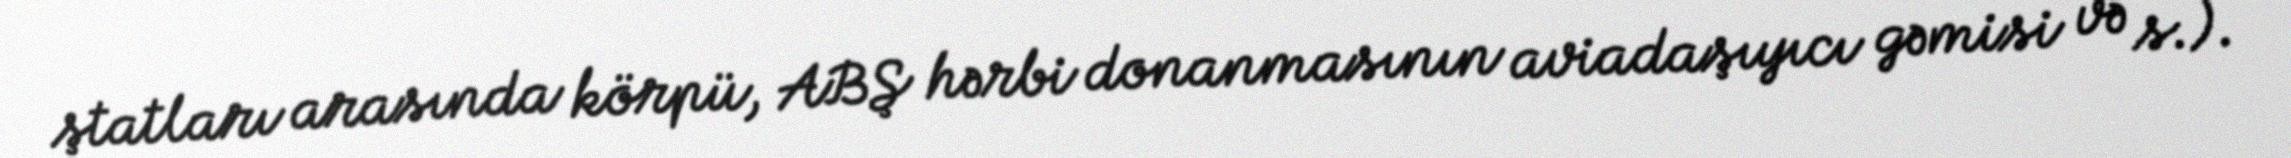
ştatları arasında körpü, ABŞ hərbi donanmasının aviadaşıyıcı gəmisi və s.).